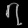
Digit: ၇